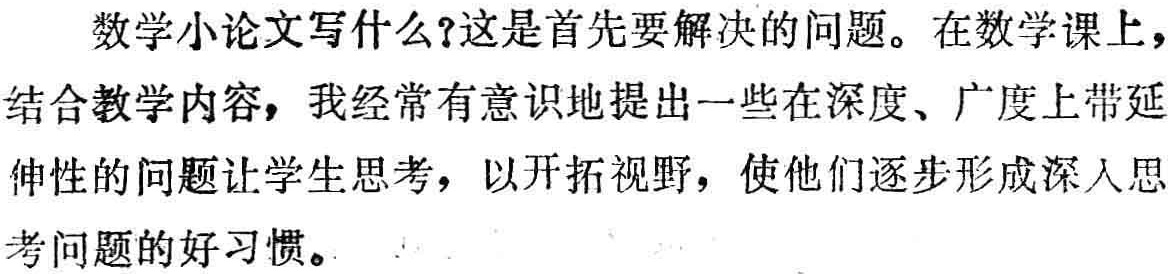
数学小论文写什么?这是首先要解决的问题。在数学课上，结合教学内容，我经常有意识地提出一些在深度、广度上带延伸性的问题让学生思考，以开拓视野，使他们逐步形成深入思考问题的好习惯。